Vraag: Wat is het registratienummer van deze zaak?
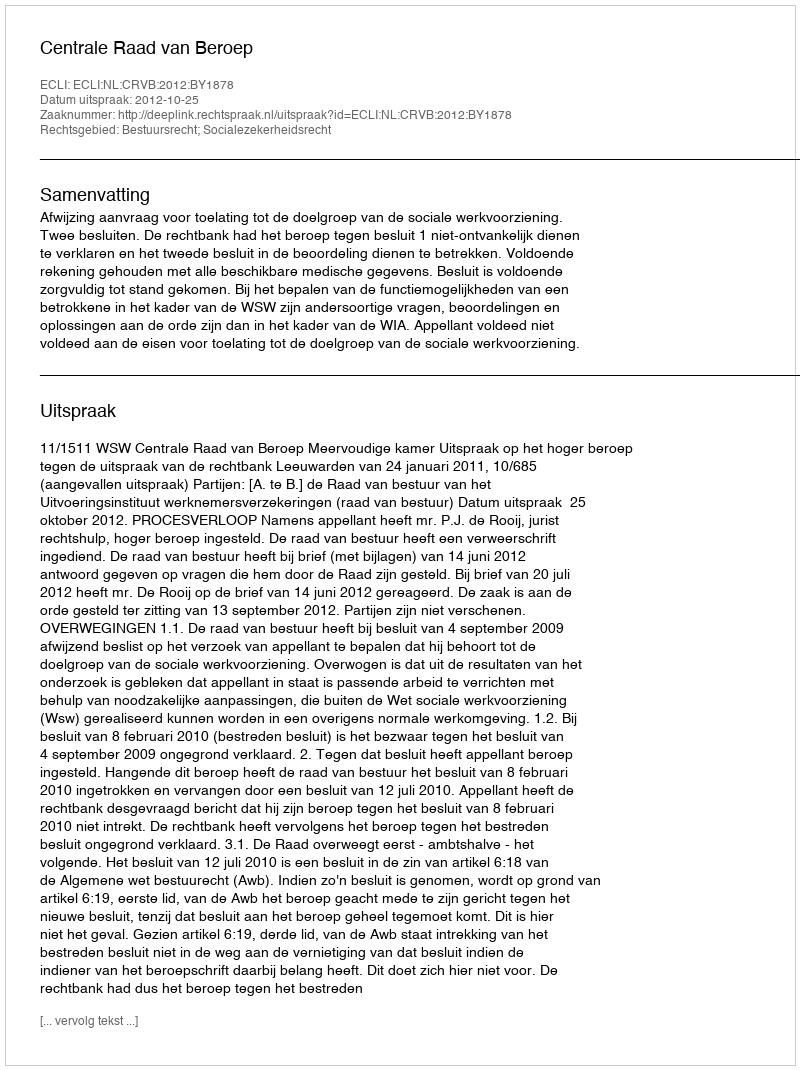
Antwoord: http://deeplink.rechtspraak.nl/uitspraak?id=ECLI:NL:CRVB:2012:BY1878